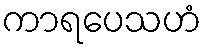
ကာရပေသဟံ